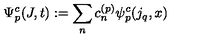
\Psi _ { p } ^ { c } ( J , t ) : = \sum _ { n } c _ { n } ^ { ( p ) } \psi _ { p } ^ { c } ( j _ { q } , x )